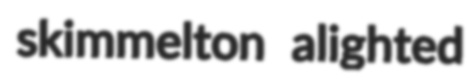
skimmelton alighted